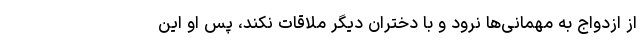
از ازدواج به مهمانی‌ها نرود و با دختران دیگر ملاقات نکند، پس او این